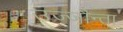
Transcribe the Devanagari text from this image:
उज्‍जौन्ता